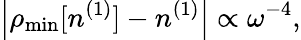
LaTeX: \left\vert\rho_{\mathrm{min}}[n^{(1)}]-n^{(1)}\right\vert\propto\omega^{-4},